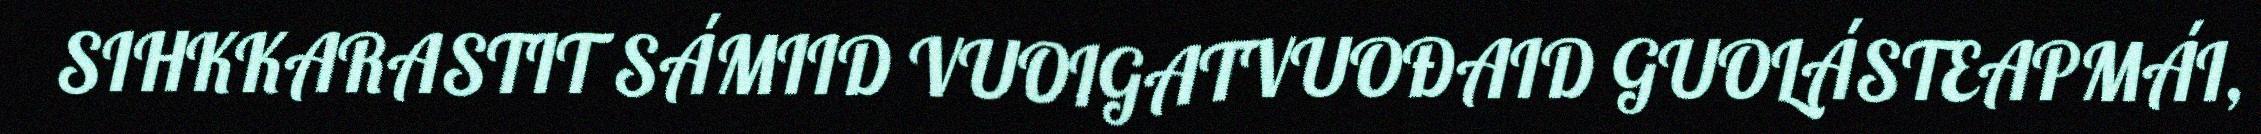
SIHKKARASTIT SÁMIID VUOIGATVUOĐAID GUOLÁSTEAPMÁI,